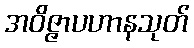
အဝိဇ္ဇာပဟာနသုတ်